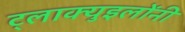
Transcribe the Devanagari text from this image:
ट्लाक्युइलोंनी